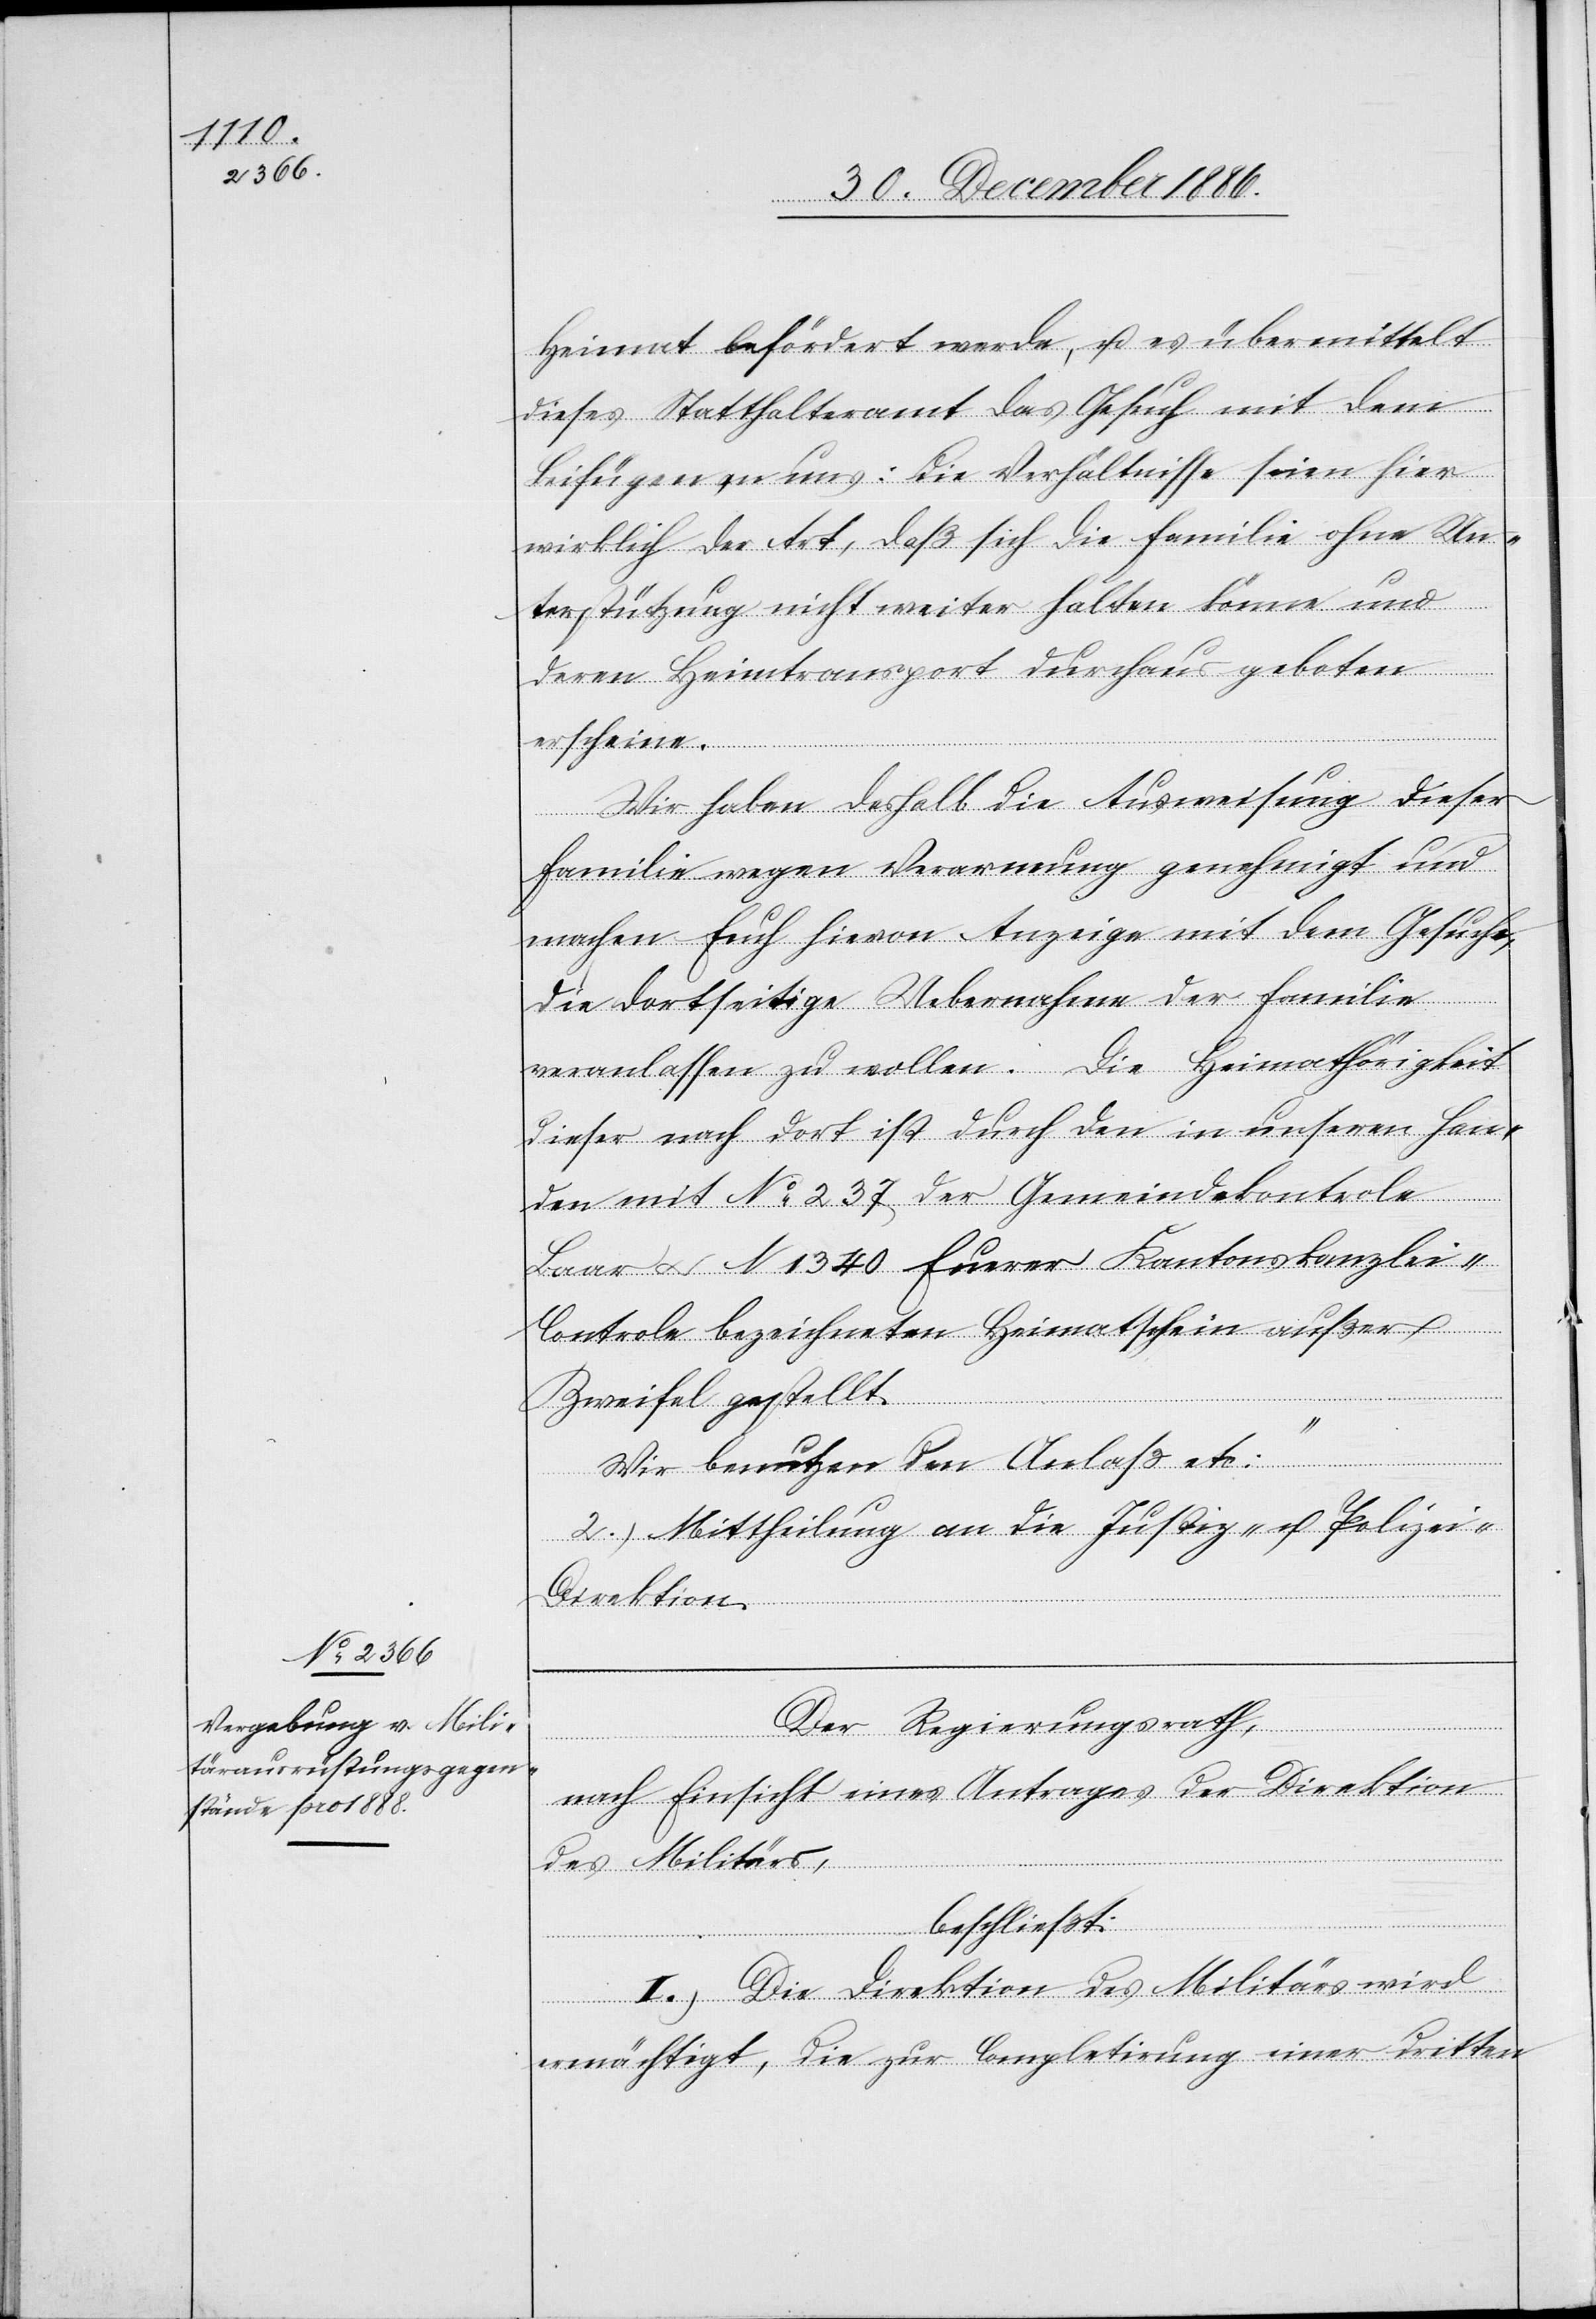
Heimat befördert werde, u. es übermittelt
dieses Statthalteramt das Gesuch mit dem
Beifügen an uns: Die Verhältnisse seien hier
wirklich der Art, daß sich die Familie ohne Un¬
terstützung nicht weiter halten könne und
deren Heimtransport durchaus geboten
erscheine.
Wir haben deshalb die Ausweisung dieser
Familie wegen Verarmung genehmigt und
machen Euch hievon Anzeige mit dem Gesuche,
die dortseitige Uebernahme der Familie
veranlassen zu wollen. Die Heimathörigkeit
dieser nach dort ist durch den in unseren Han¬
den mit No 237 der Gemeindekontrole
Baar & N 1340 Euerer Kantonskanzlei-C¬
ontrole bezeichneten Heimatschein außer
Zweifel gestellt.
Wir benutzen den Anlaß etc:“
2.) Mittheilung an die Justiz- u. Polizei-D¬
irektion.
Der Regierungsrath,
nach Einsicht eines Antrages der Direktion
des Militärs,
beschließt:
I.) Die Direktion des Militärs wird
ermächtigt, die zur Completirung einer dritten